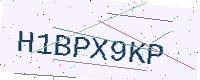
Text: H1BPX9KP